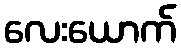
လေးယောက်